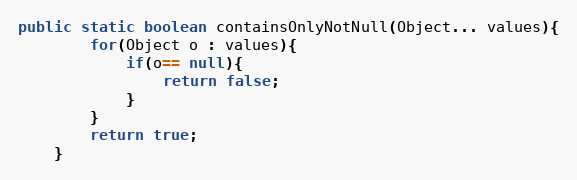
Language: Java
public static boolean containsOnlyNotNull(Object... values){
		for(Object o : values){
			if(o== null){
				return false;
			}
		}
		return true;
	}